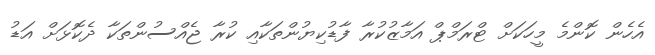
އެހެން ކޮންމެ މީހަކަށް ޓްރަމްޕް އަމާޒުކުރާ ފާޑުކިޔުންތަކާއި ކުރާ ޖެއްސުންތަކާ ދެކޮޅަށް އަޑު